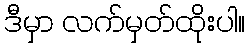
ဒီမှာ လက်မှတ်ထိုးပါ။